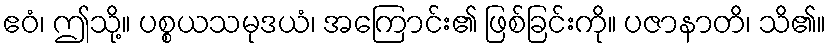
ဧဝံ၊ ဤသို့။ ပစ္စယသမုဒယံ၊ အကြောင်း၏ ဖြစ်ခြင်းကို။ ပဇာနာတိ၊ သိ၏။